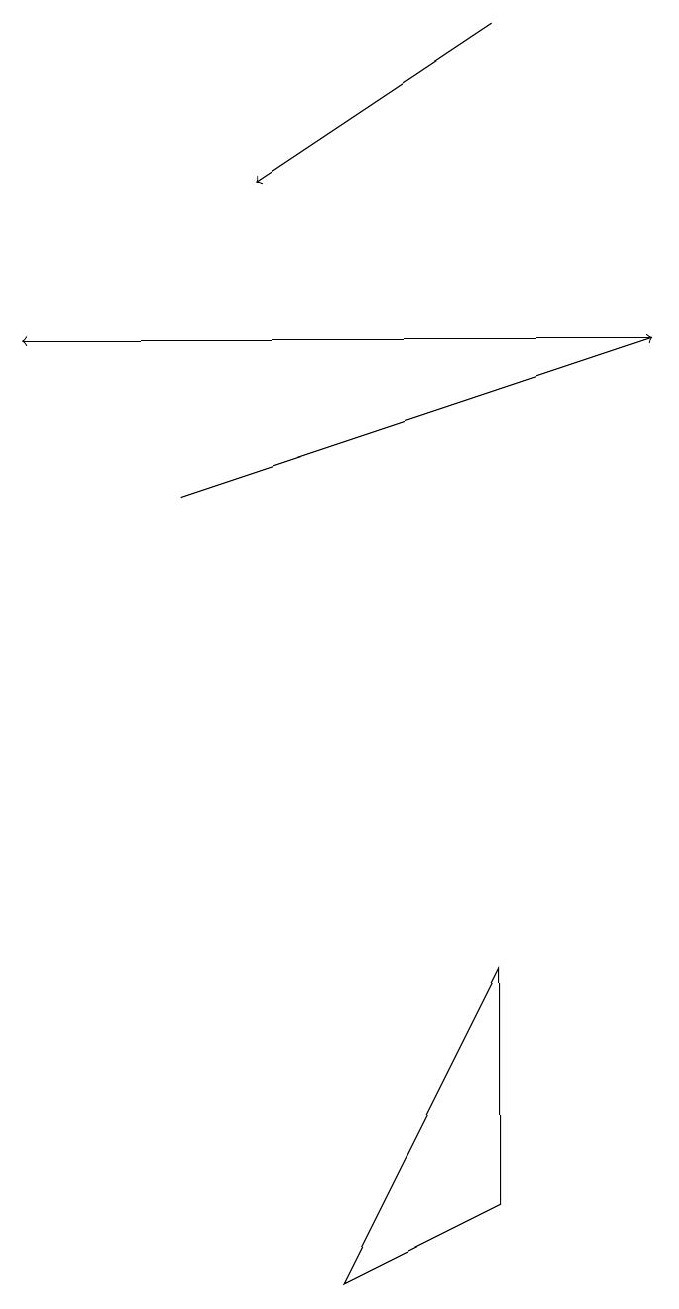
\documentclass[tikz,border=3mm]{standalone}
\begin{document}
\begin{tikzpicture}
\draw[->] (7,16) -- (4,14);
\draw (7,1) -- (7,4) -- (5,0) -- cycle;
\draw[->] (9,12) -- (1,12);
\draw[->] (3,10) -- (9,12);
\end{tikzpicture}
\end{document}